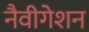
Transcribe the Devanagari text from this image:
नैवीगेशन